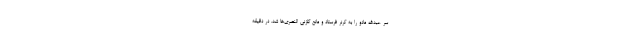
سر عبدالله مادو را به کرنر فرستاد و مانع گلزنی النصری‌ها شد. در دقیقه